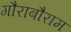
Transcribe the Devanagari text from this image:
गौराबौराम